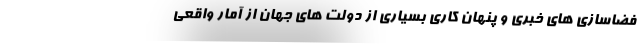
فضاسازی های خبری و پنهان کاری بسیاری از دولت های جهان از آمار واقعی